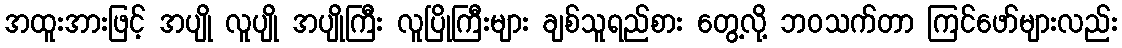
အထူးအားဖြင့် အပျို လူပျို အပျိုကြီး လူပြိုကြီးများ ချစ်သူရည်စား တွေ့လို့ ဘဝသက်တာ ကြင်ဖော်များလည်း